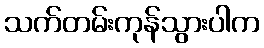
သက်တမ်းကုန်သွားပါက